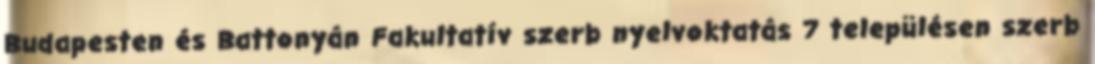
Budapesten és Battonyán Fakultatív szerb nyelvoktatás 7 településen szerb